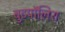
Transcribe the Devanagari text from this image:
बुटपॉलिश